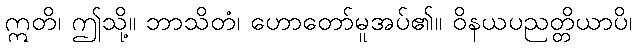
ဣတိ၊ ဤသို့။ ဘာသိတံ၊ ဟောတော်မူအပ်၏။ ဝိနယပညတ္တိယာပိ၊